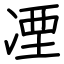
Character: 凐